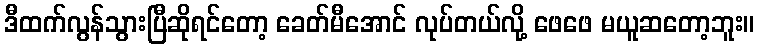
ဒီထက်လွန်သွားပြီဆိုရင်တော့ ခေတ်မီအောင် လုပ်တယ်လို့ ဖေဖေ မယူဆတော့ဘူး။